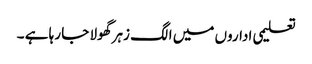
تعلیمی اداروں میں الگ زہر گھولا جا رہا ہے ۔